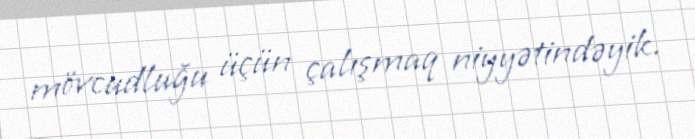
mövcudluğu üçün çalışmaq niyyətindəyik.